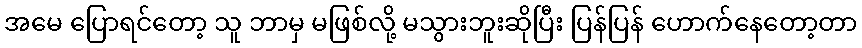
အမေ ပြောရင်တော့ သူ ဘာမှ မဖြစ်လို့ မသွားဘူးဆိုပြီး ပြန်ပြန် ဟောက်နေတော့တာ